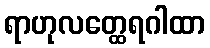
ရာဟုလတ္ထေရဂါထာ